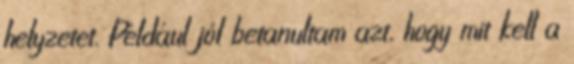
helyzetet. Például jól betanultam azt, hogy mit kell a